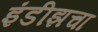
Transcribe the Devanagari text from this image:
इंडीझचा